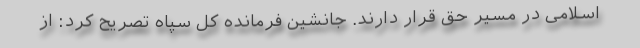
اسلامی در مسیر حق قرار دارند. جانشین فرمانده کل سپاه تصریح کرد: از